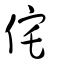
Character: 侘